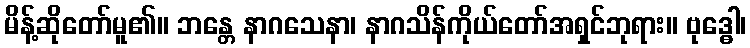
မိန့်ဆိုတော်မူ၏။ ဘန္တေ နာဂသေနာ၊ နာဂသိန်ကိုယ်တော်အရှင်ဘုရား။ ဗုဒ္ဓေါ၊